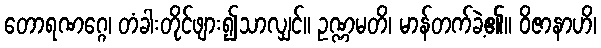
တောရဏဂ္ဂေ၊ တံခါးတိုင်ဖျား၍သာလျှင်။ ဥဏ္ဏမတိ၊ မာန်တက်ခဲ့၏။ ဝိဇာနာဟိ၊